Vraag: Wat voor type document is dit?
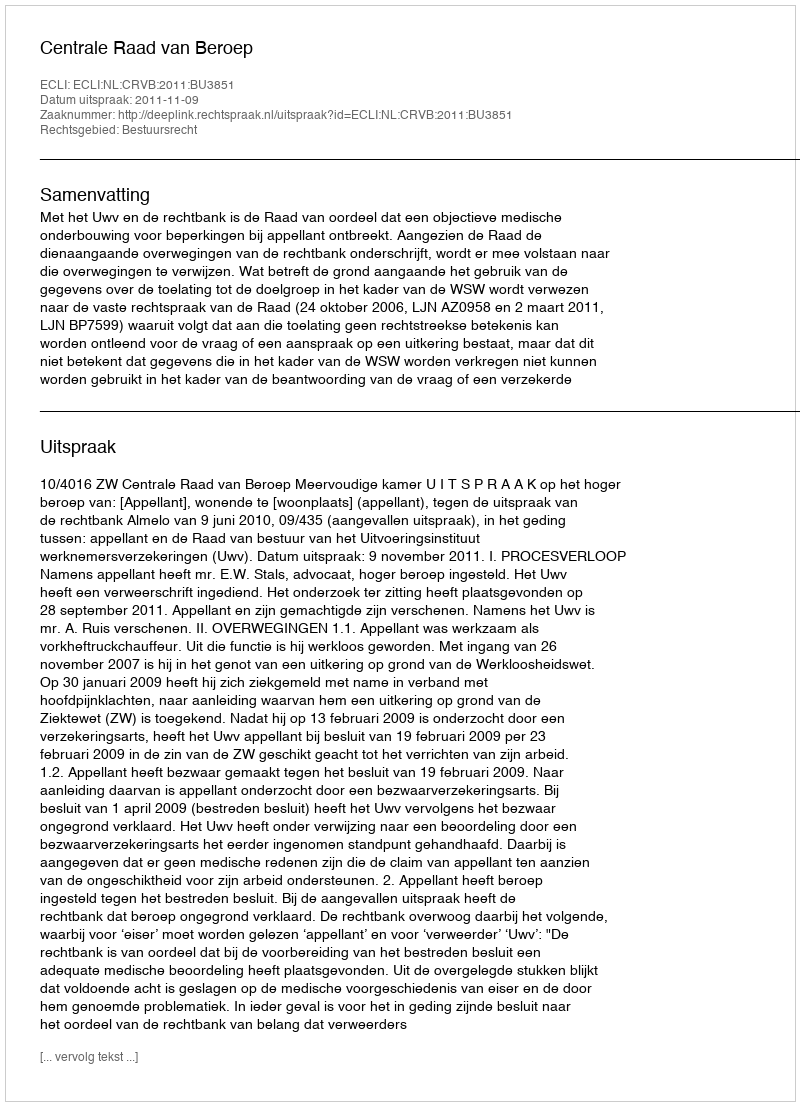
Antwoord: Uitspraak